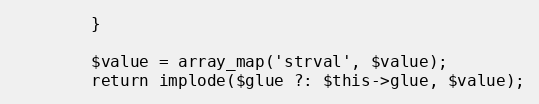
Language: PHP
        }

        $value = array_map('strval', $value);
        return implode($glue ?: $this->glue, $value);